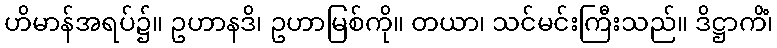
ဟိမာန်အရပ်၌။ ဥဟာနဒိ၊ ဥဟာမြစ်ကို။ တယာ၊ သင်မင်းကြီးသည်။ ဒိဋ္ဌာကိံ၊